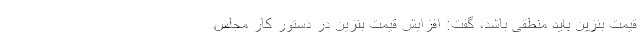
قیمت بنزین باید منطقی باشد، گفت: افزایش قیمت بنزین در دستور کار مجلس